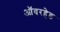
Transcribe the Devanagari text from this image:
ऑवरहेड